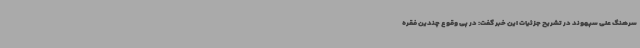
سرهنگ علی سپهوند در تشریح جزئیات این خبر گفت: در پی وقوع چندین فقره